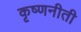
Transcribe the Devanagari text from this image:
कृष्णनीती